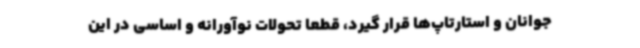
جوانان و استارتاپ‌ها قرار گیرد، قطعا تحولات نوآورانه و اساسی در این